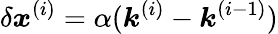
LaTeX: \delta\boldsymbol{x}^{(i)}=\alpha(\boldsymbol{k}^{(i)}-\boldsymbol{k}^{(i-1)})